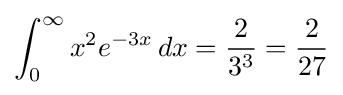
\int _{0}^{\infty }x^{2}e^{-3x}\,dx={\frac {2}{3^{3}}}={\frac {2}{27}}